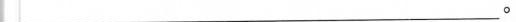
_______________。